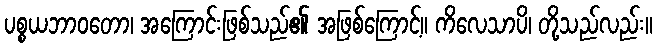
ပစ္စယဘာဝတော၊ အကြောင်းဖြစ်သည်၏ အဖြစ်ကြောင့်။ ကိလေသာပိ၊ တို့သည်လည်း။